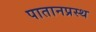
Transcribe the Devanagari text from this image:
पातानप्रस्थ